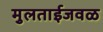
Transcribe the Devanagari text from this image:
मुलताईजवळ